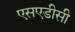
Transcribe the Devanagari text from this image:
एसएडीसी